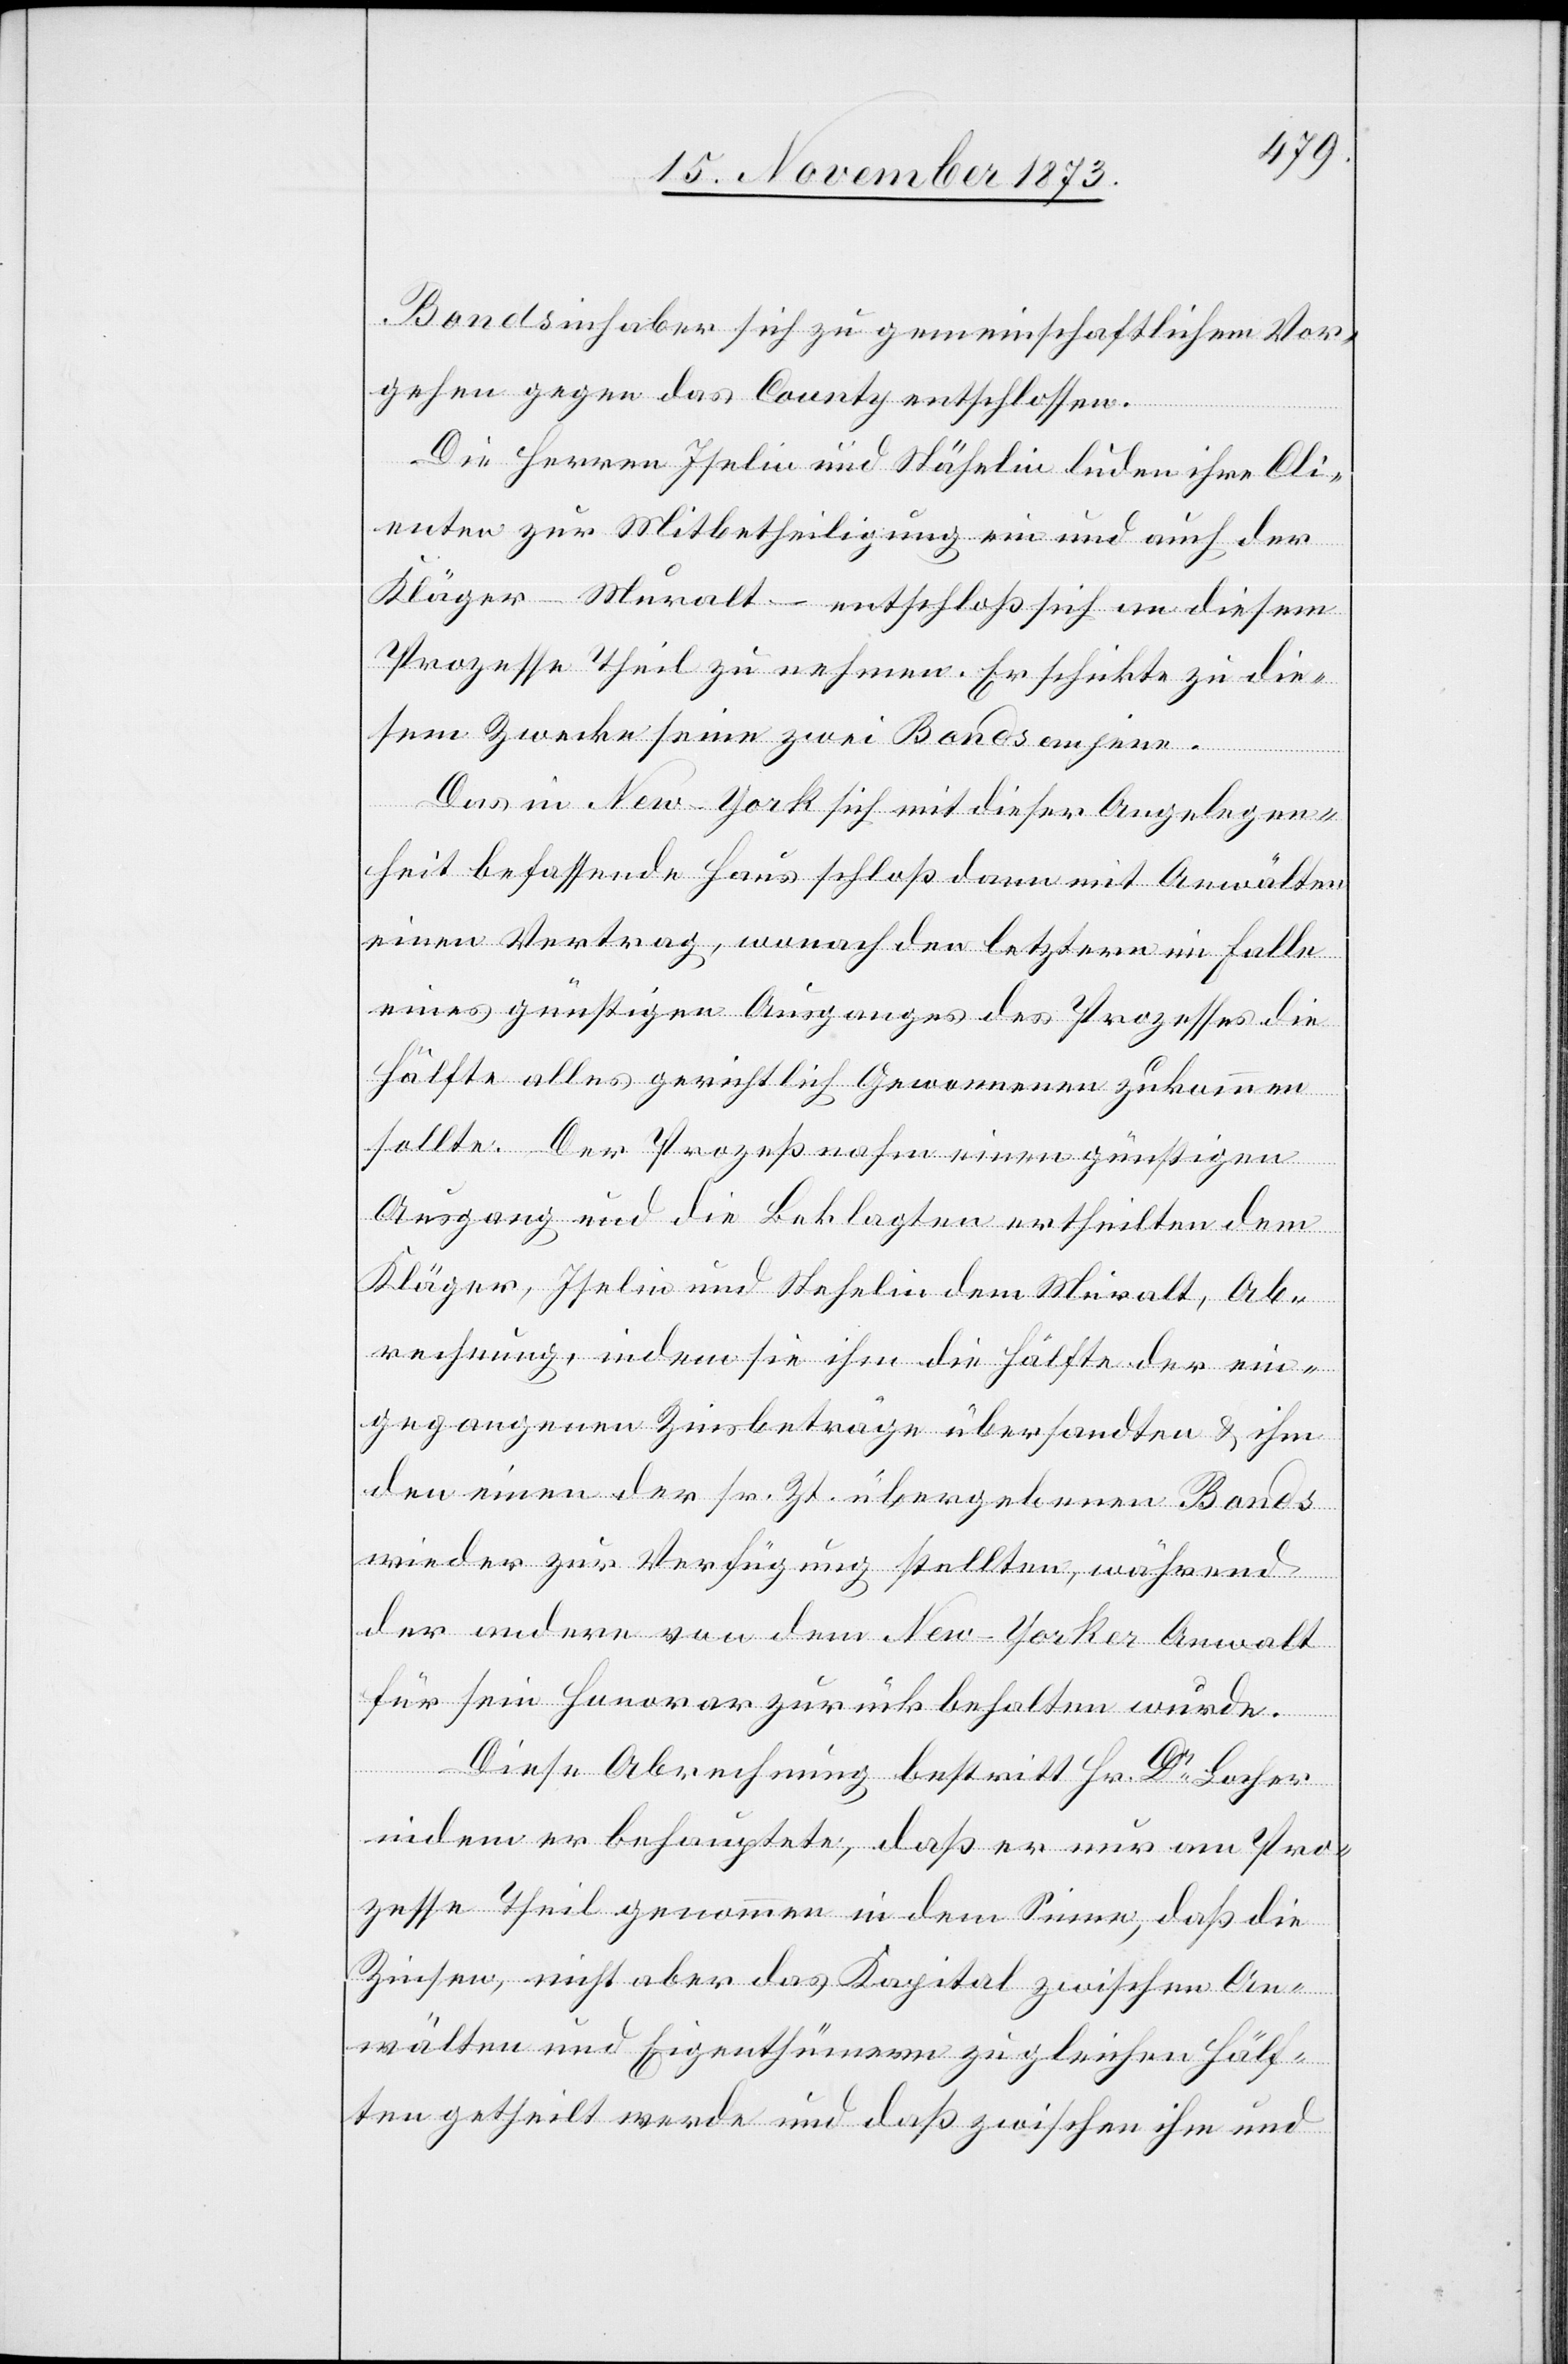
Bondsinhaber sich zu gemeinschaftlichem Vor¬
gehen gegen das County entschlossen.
Die Herren Iselin und Stähelin luden ihre Cli¬
enten zur Mitbetheiligung ein und auch der
Kläger – Muralt – entschloß sich an diesem
Prozesse Theil zu nehmen. Er schickte zu die¬
sem Zwecke seine zwei Bonds an jene.
Das in New-York sich mit dieser Angelegen¬
heit befassende Haus schloß dann mit Anwälten
einen Vertrag, wonach den letztern im Falle
eines günstigen Ausganges des Prozesses die
Hälfte alles gerichtlich Gewonnenen zukommen
sollte. Der Prozeß nahm einen günstigen
Ausgang und die Beklagten ertheilten dem
Kläger, Iselin und Stehelin [sic!] dem Muralt, Ab¬
rechnung, indem sie ihm die Hälfte der ein¬
gegangenen Zinsbeträge übersandten & ihm
den einen der sr. Zt. übergebenen Bonds
wieder zur Verfügung stellten, während
der andere von dem New-Yorker Anwalt
für sein Honorar zurück behalten wurde.
Diese Abrechnung bestritt Hr. Dr Locher
indem er behauptete, daß er nur am Pro¬
zesse Theil genommen in dem Sinne, daß die
Zinsen, nicht aber das Kapital zwischen An¬
wälten und Eigenthümern zu gleichen Hälf¬
ten getheilt werde und daß zwischen ihm und